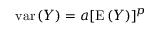
{ \mathrm { v a r } } \, ( Y ) = a [ { \mathrm { E } } \, ( Y ) ] ^ { p }